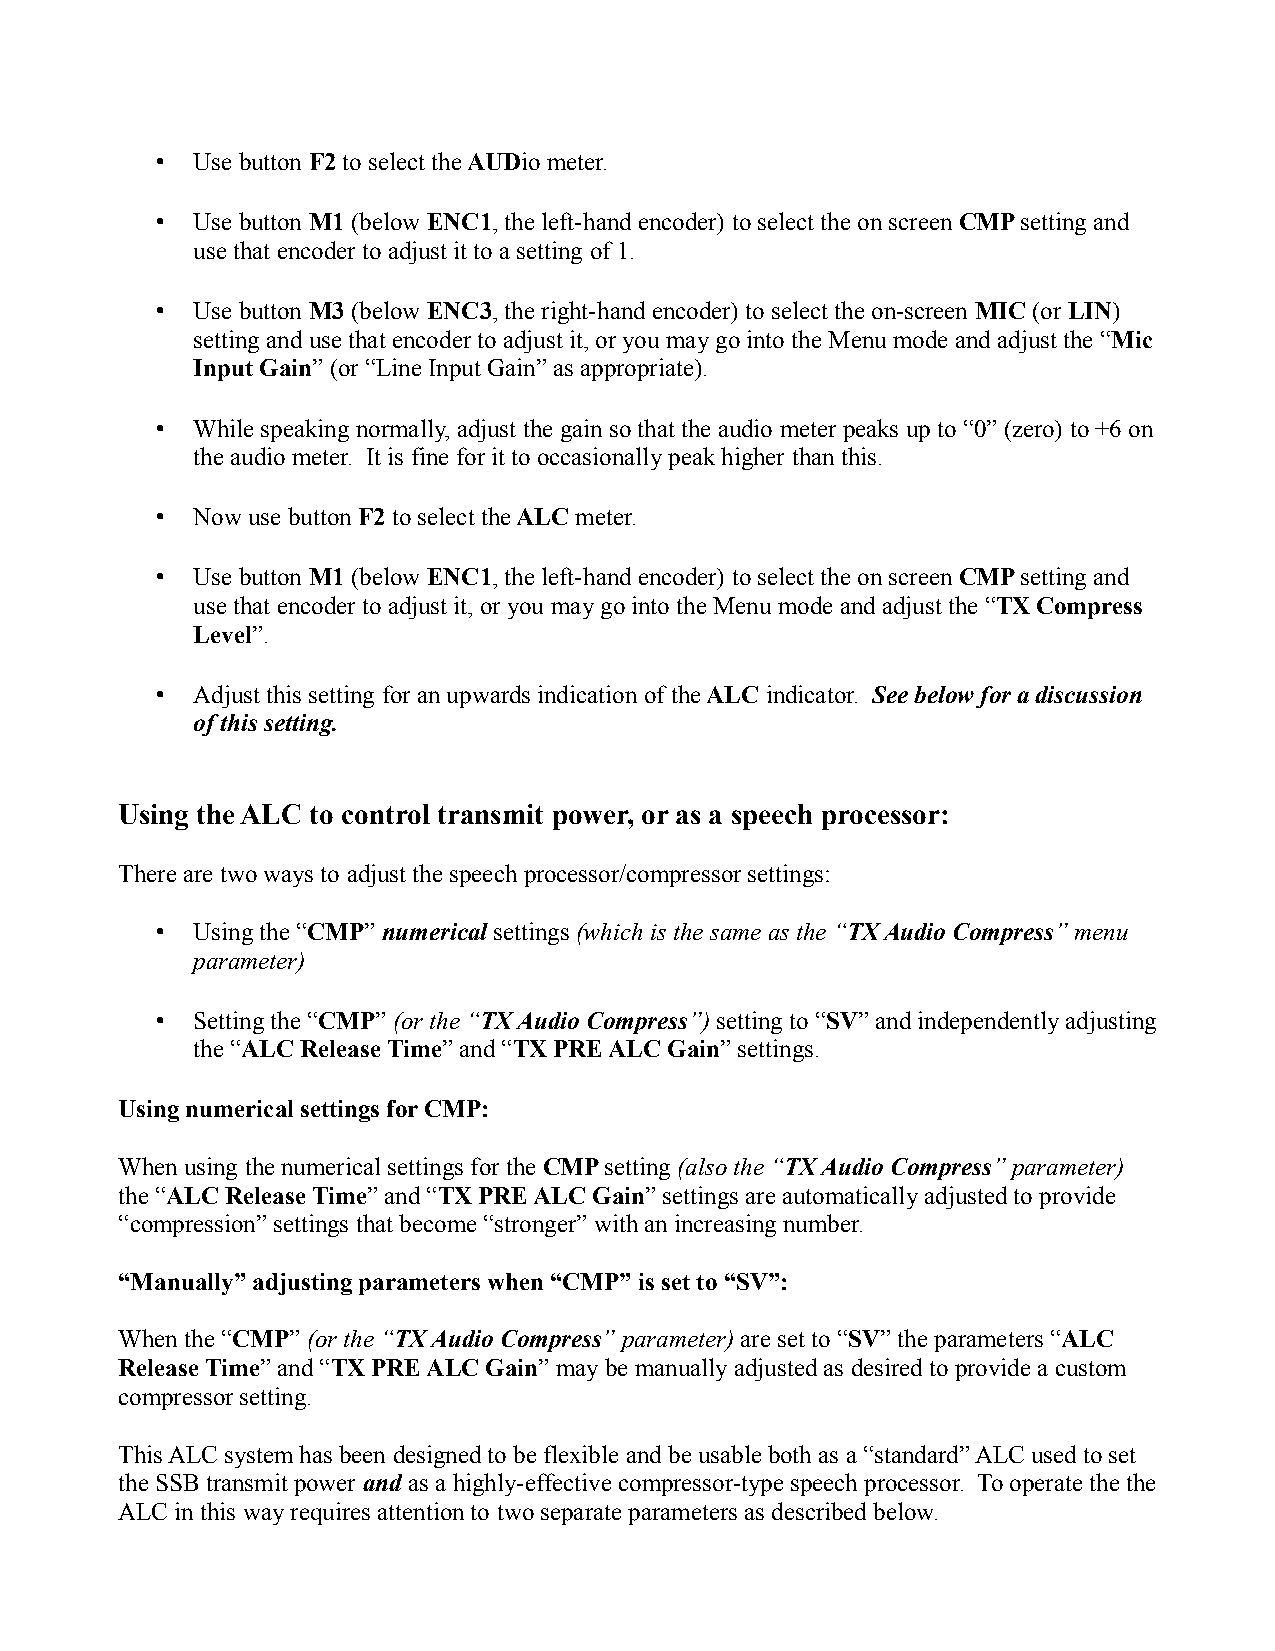
•  Use button F2 to select the AUDio meter.
 •  Use button M1 (below ENC1, the left-hand encoder) to select the on screen CMP setting and
 use that encoder to adjust it to a setting of 1.
 •  Use button M3 (below ENC3, the right-hand encoder) to select the on-screen MIC (or LIN)
 setting and use that encoder to adjust it, or you may go into the Menu mode and adjust the “Mic
 Input Gain” (or “Line Input Gain” as appropriate).
 •  While speaking normally, adjust the gain so that the audio meter peaks up to “0” (zero) to +6 on
 the audio meter. It is fine for it to occasionally peak higher than this.
 •  Now use button F2 to select the ALC meter.
 •  Use button M1 (below ENC1, the left-hand encoder) to select the on screen CMP setting and
 use that encoder to adjust it, or you may go into the Menu mode and adjust the “TX Compress
 Level”.
 •  Adjust this setting for an upwards indication of the ALC indicator. See below for a discussion
 of this setting.
 Using the ALC to control transmit power, or as a speech processor:
 There are two ways to adjust the speech processor/compressor settings:
 •  Using the “CMP” numerical settings (which is the same as the “TX Audio Compress” menu
 parameter)
 •  Setting the “CMP” (or the “TX Audio Compress”) setting to “SV” and independently adjusting
 the “ALC Release Time” and “TX PRE ALC Gain” settings.
 Using numerical settings for CMP:
 When using the numerical settings for the CMP setting (also the “TX Audio Compress” parameter)
 the “ALC Release Time” and “TX PRE ALC Gain” settings are automatically adjusted to provide
 “compression” settings that become “stronger” with an increasing number.
 “Manually” adjusting parameters when “CMP” is set to “SV”:
 When the “CMP” (or the “TX Audio Compress” parameter) are set to “SV” the parameters “ALC
 Release Time” and “TX PRE ALC Gain” may be manually adjusted as desired to provide a custom
 compressor setting.
 This ALC system has been designed to be flexible and be usable both as a “standard” ALC used to set
 the SSB transmit power and as a highly-effective compressor-type speech processor. To operate the the
 ALC in this way requires attention to two separate parameters as described below.